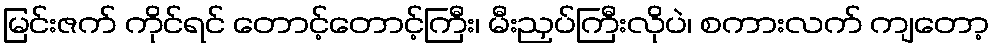
မြင်းဇက် ကိုင်ရင် တောင့်တောင့်ကြီး၊ မီးညှပ်ကြီးလိုပဲ၊ စကားလက် ကျတော့